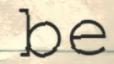
be